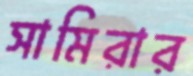
সামিরার